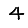
Digit: 4